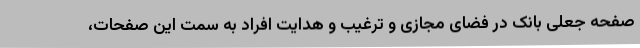
صفحه جعلی بانک در فضای مجازی و ترغیب و هدایت افراد به سمت این صفحات،